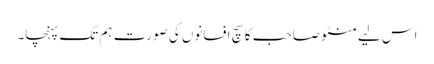
اس لیے منٹو صاحب کا سچ افسانوں کی صورت ہم تک پہنچا۔